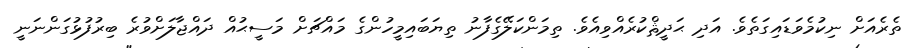
ތެރެއަށް ނިކުމެވަޑައިގަތެވެ. އަދި ޙަދީޘްކުރެއްވިއެވެ. ތިމަންކަލޭގެފާނު ތިޔަބައިމީހުންގެ މައްޗަށް މަސީޙުއް ދައްޖާލަށްވުރެ ބިރުފުޅުގަންނަނީ